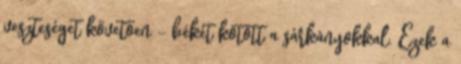
veszteséget követően - békét kötött a sárkányokkal. Ezek a